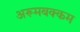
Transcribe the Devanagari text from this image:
अरूमबक्कम